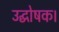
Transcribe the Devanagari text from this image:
उद्घोषक।